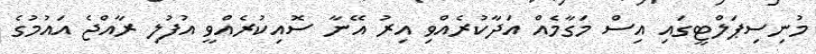
މުނިސިޕަލްޓީގައި އިސް މަގާމެއް އަދާކުރެއްވި އިރު އޭނާ ސޮއިކުރެއްވީ އުފުލި ރާއްޖެ އައުމުގެ